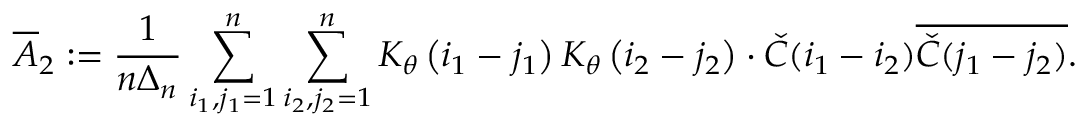
\overline { { A } } _ { 2 } : = \frac { 1 } { n \Delta _ { n } } \sum _ { i _ { 1 } , j _ { 1 } = 1 } ^ { n } \sum _ { i _ { 2 } , j _ { 2 } = 1 } ^ { n } K _ { \theta } \left( i _ { 1 } - j _ { 1 } \right) K _ { \theta } \left( i _ { 2 } - j _ { 2 } \right) \cdot \check { C } ( i _ { 1 } - i _ { 2 } ) \overline { { \check { C } ( j _ { 1 } - j _ { 2 } ) } } .